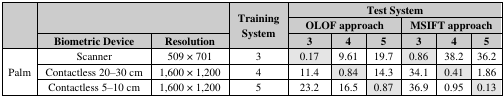
<table><thead><tr><td rowspan="3">[EMPTY_CELL]</td><td colspan="2" rowspan="2">[EMPTY_CELL]</td><td rowspan="3"><b>Training System</b></td><td colspan="6"><b>Test System</b></td></tr><tr><td colspan="3"><b>OLOF approach</b></td><td colspan="3"><b>MSIFT approach</b></td></tr><tr><td><b>Biometric Device</b></td><td><b>Resolution</b></td><td><b>3</b></td><td><b>4</b></td><td><b>5</b></td><td><b>3</b></td><td><b>4</b></td><td><b>5</b></td></tr></thead><tbody><tr><td rowspan="3">Palm</td><td>Scanner</td><td>509 × 701</td><td>3</td><td>0.17</td><td>9.61</td><td>19.7</td><td>0.86</td><td>38.2</td><td>36.2</td></tr><tr><td>Contactless 20–30 cm</td><td>1,600 × 1,200</td><td>4</td><td>11.4</td><td>0.84</td><td>14.3</td><td>34.1</td><td>0.41</td><td>1.86</td></tr><tr><td>Contactless 5–10 cm</td><td>1,600 × 1,200</td><td>5</td><td>23.2</td><td>16.5</td><td>0.87</td><td>36.9</td><td>0.95</td><td>0.13</td></tr></tbody></table>